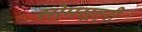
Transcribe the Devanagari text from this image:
सोमसूत्री